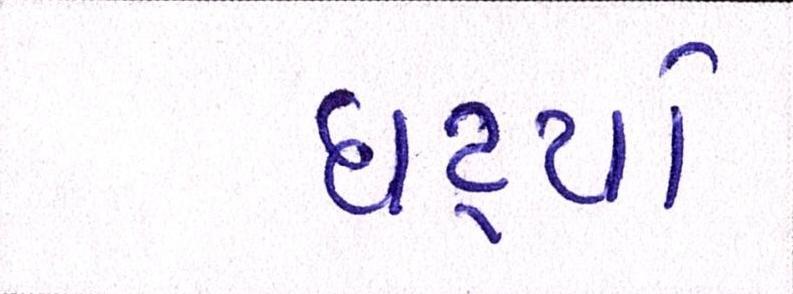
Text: ઘટ્યો